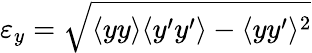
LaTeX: \varepsilon_{y}=\sqrt{\langle{yy}\rangle\langle{y^{\prime}y^{\prime}}\rangle-\langle{yy^{\prime}}\rangle^{2}}